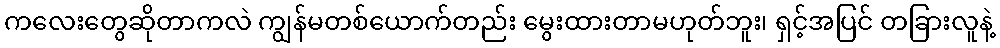
ကလေးတွေဆိုတာကလဲ ကျွန်မတစ်ယောက်တည်း မွေးထားတာမဟုတ်ဘူး၊ ရှင့်အပြင် တခြားလူနဲ့